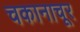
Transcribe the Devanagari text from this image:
चकानाचूर